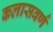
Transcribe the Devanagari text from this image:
कलासवर्ण